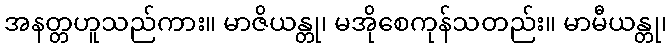
အနတ္တဟူသည်ကား။ မာဇိယန္တု၊ မအိုစေကုန်သတည်း။ မာမီယန္တု၊